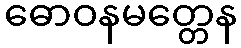
ဓောဝနမတ္တေန